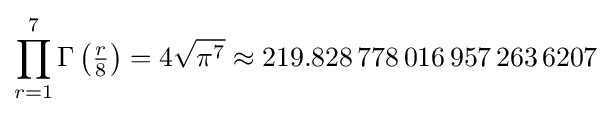
\prod _{r=1}^{7}\Gamma \left({\tfrac {r}{8}}\right)=4{\sqrt {\pi ^{7}}}\approx 219.828\,778\,016\,957\,263\,6207